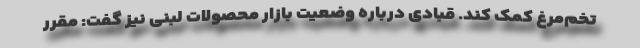
تخم‌مرغ کمک کند. قبادی درباره وضعیت بازار محصولات لبنی نیز گفت: مقرر